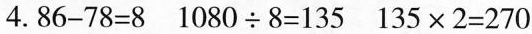
4. $$8 6 - 7 8 = 8$$ $$1 0 8 0 \div 8 =